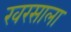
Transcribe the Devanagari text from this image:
खरसाला